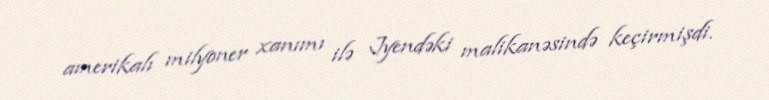
amerikalı milyoner xanımı ilə Jyendəki malikanəsində keçirmişdi.